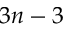
3 n - 3